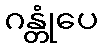
ဂန္တုံပေ